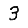
Digit: 3